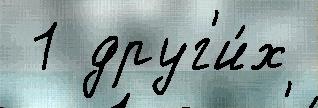
 1 друг'и́х